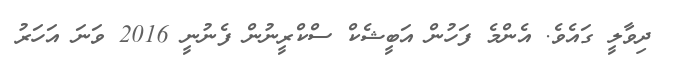
ދިވާލީ ގައެވެ. އެންމެ ފަހުން އަބީޝެކް ސްކްރީނުން ފެނުނީ 2016 ވަނަ އަހަރު